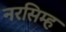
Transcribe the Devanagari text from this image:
नरसिम्ह